Code of medical and sanitary regulations for the guidance of medical officers serving in the Madras Presidency - Volume II
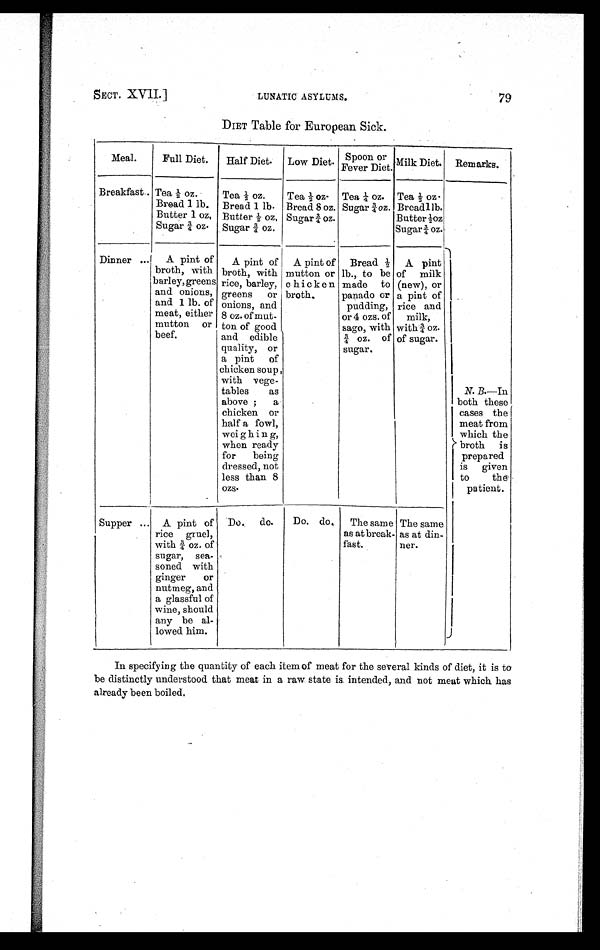
SECT. XVII.] LUNATIC ASYLUMS.
79
DIET Table for European Sick.
Meal.
Full Diet.
Half Diet. Low Diet. Spoon or
Fever Diet. Milk Diet. Remarks.
Breakfast ... Tea ½ oz.
Bread 1 lb.
Butter 1 oz.
Sugar ¾ oz.
Tea ½ oz.
Bread 1 lb.
Butter ½ oz.
Sugar ¾ oz.
Tea ½ oz.
Bread 8 oz.
Sugar ¾ oz.
Tea ¼ oz.
Sugar ¾ oz.
Tea ½ oz.
Bread 1 lb.
Butter ½ oz
Sugar ¾ oz.
Dinner ...
A pint of
broth, with
barley, greens
and onions,
and 1 lb. of
meat, either
mutton or
beef.
A pint of
broth, with
rice, barley,
greens or
onions, and
8 oz. of mut-
ton of good
and edible
quality, or
a pint of
chicken soup,
with vege-
tables as
above ; a
chicken or
half a fowl,
weighin g,
when ready
for being
dressed, not
less than 8
ozs.
A pint of
mutton or
chicken
broth.
Bread ½
lb., to be
made to
panado or
pudding,
or 4 ozs. of
sago, with
¾ oz. of
sugar.
A pint
of milk
(new), or
a pint of
rice and
milk,
with ¾ oz.
of sugar.
N. B.—In
both these
cases the
meat from
which the
broth is
prepared
is given
to the
patient.
Supper ... A pint of
rice gruel,
with ¾ oz. of
sugar, sea-
soned with
ginger or
nutmeg, and
a glassful of
wine, should
any be al-
lowed him.
Do. do.
Do. do. The same
as at break-
fast.
The same
as at din-
ner.
In specifying the quantity of each item of meat for the several kinds of diet, it is to
be distinctly understood that meat in a raw state is intended, and not meat which has
already been boiled.